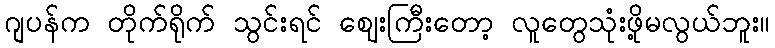
ဂျပန်က တိုက်ရိုက် သွင်းရင် ဈေးကြီးတော့ လူတွေသုံးဖို့မလွယ်ဘူး။